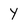
Character: Y